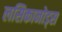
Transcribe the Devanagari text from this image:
लसिकानोड्स